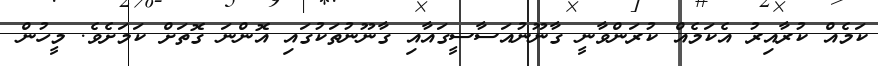
ކަމެއް ކުރާއިރު އެކަމެއް ކުރަންވާނީ ގާނޫނުއަސާސީގައާއި ގާނޫނުތަކުގައި އޮންނަ ގޮތަށް ކަމަށެވެ. މީހުން